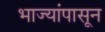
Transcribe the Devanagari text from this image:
भाज्यांपासून